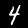
Label: 4